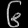
Digit: ၆